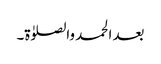
بعد الحمد والصلوٰۃ۔